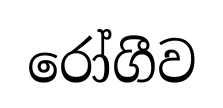
රෝගීව